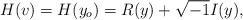
LaTeX: \begin{align*}H(v) = H(y_o) = R(y) + \sqrt{-1} I(y),\end{align*}